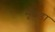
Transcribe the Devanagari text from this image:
मूँदड़ा